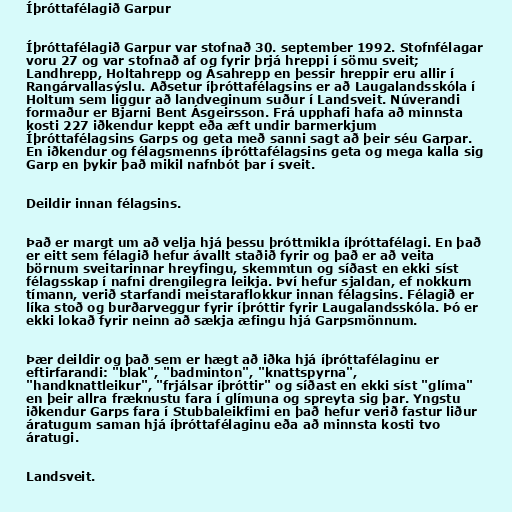
Íþróttafélagið Garpur

Íþróttafélagið Garpur var stofnað 30. september 1992. Stofnfélagar
voru 27 og var stofnað af og fyrir þrjá hreppi í sömu sveit;
Landhrepp, Holtahrepp og Ásahrepp en þessir hreppir eru allir í
Rangárvallasýslu. Aðsetur íþróttafélagsins er að Laugalandsskóla í
Holtum sem liggur að landveginum suður í Landsveit. Núverandi
formaður er Bjarni Bent Ásgeirsson. Frá upphafi hafa að minnsta
kosti 227 iðkendur keppt eða æft undir barmerkjum
Íþróttafélagsins Garps og geta með sanni sagt að þeir séu Garpar.
En iðkendur og félagsmenns íþróttafélagsins geta og mega kalla sig
Garp en þykir það mikil nafnbót þar í sveit.

Deildir innan félagsins.

Það er margt um að velja hjá þessu þróttmikla íþróttafélagi. En það
er eitt sem félagið hefur ávallt staðið fyrir og það er að veita
börnum sveitarinnar hreyfingu, skemmtun og síðast en ekki síst
félagsskap í nafni drengilegra leikja. Því hefur sjaldan, ef nokkurn
tímann, verið starfandi meistaraflokkur innan félagsins. Félagið er
líka stoð og burðarveggur fyrir íþróttir fyrir Laugalandsskóla. Þó er
ekki lokað fyrir neinn að sækja æfingu hjá Garpsmönnum.

Þær deildir og það sem er hægt að iðka hjá íþróttafélaginu er
eftirfarandi: "blak", "badminton", "knattspyrna",
"handknattleikur", "frjálsar íþróttir" og síðast en ekki síst "glíma"
en þeir allra fræknustu fara í glímuna og spreyta sig þar. Yngstu
iðkendur Garps fara í Stubbaleikfimi en það hefur verið fastur liður
áratugum saman hjá íþróttafélaginu eða að minnsta kosti tvo
áratugi.

Landsveit.